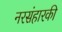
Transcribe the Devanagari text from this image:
नरसंहारकी